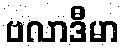
ဗလာဒီမာ